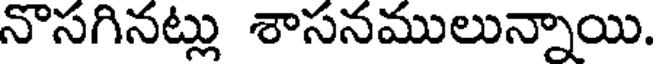
నొసగినట్లు శాసనములున్నాయి.